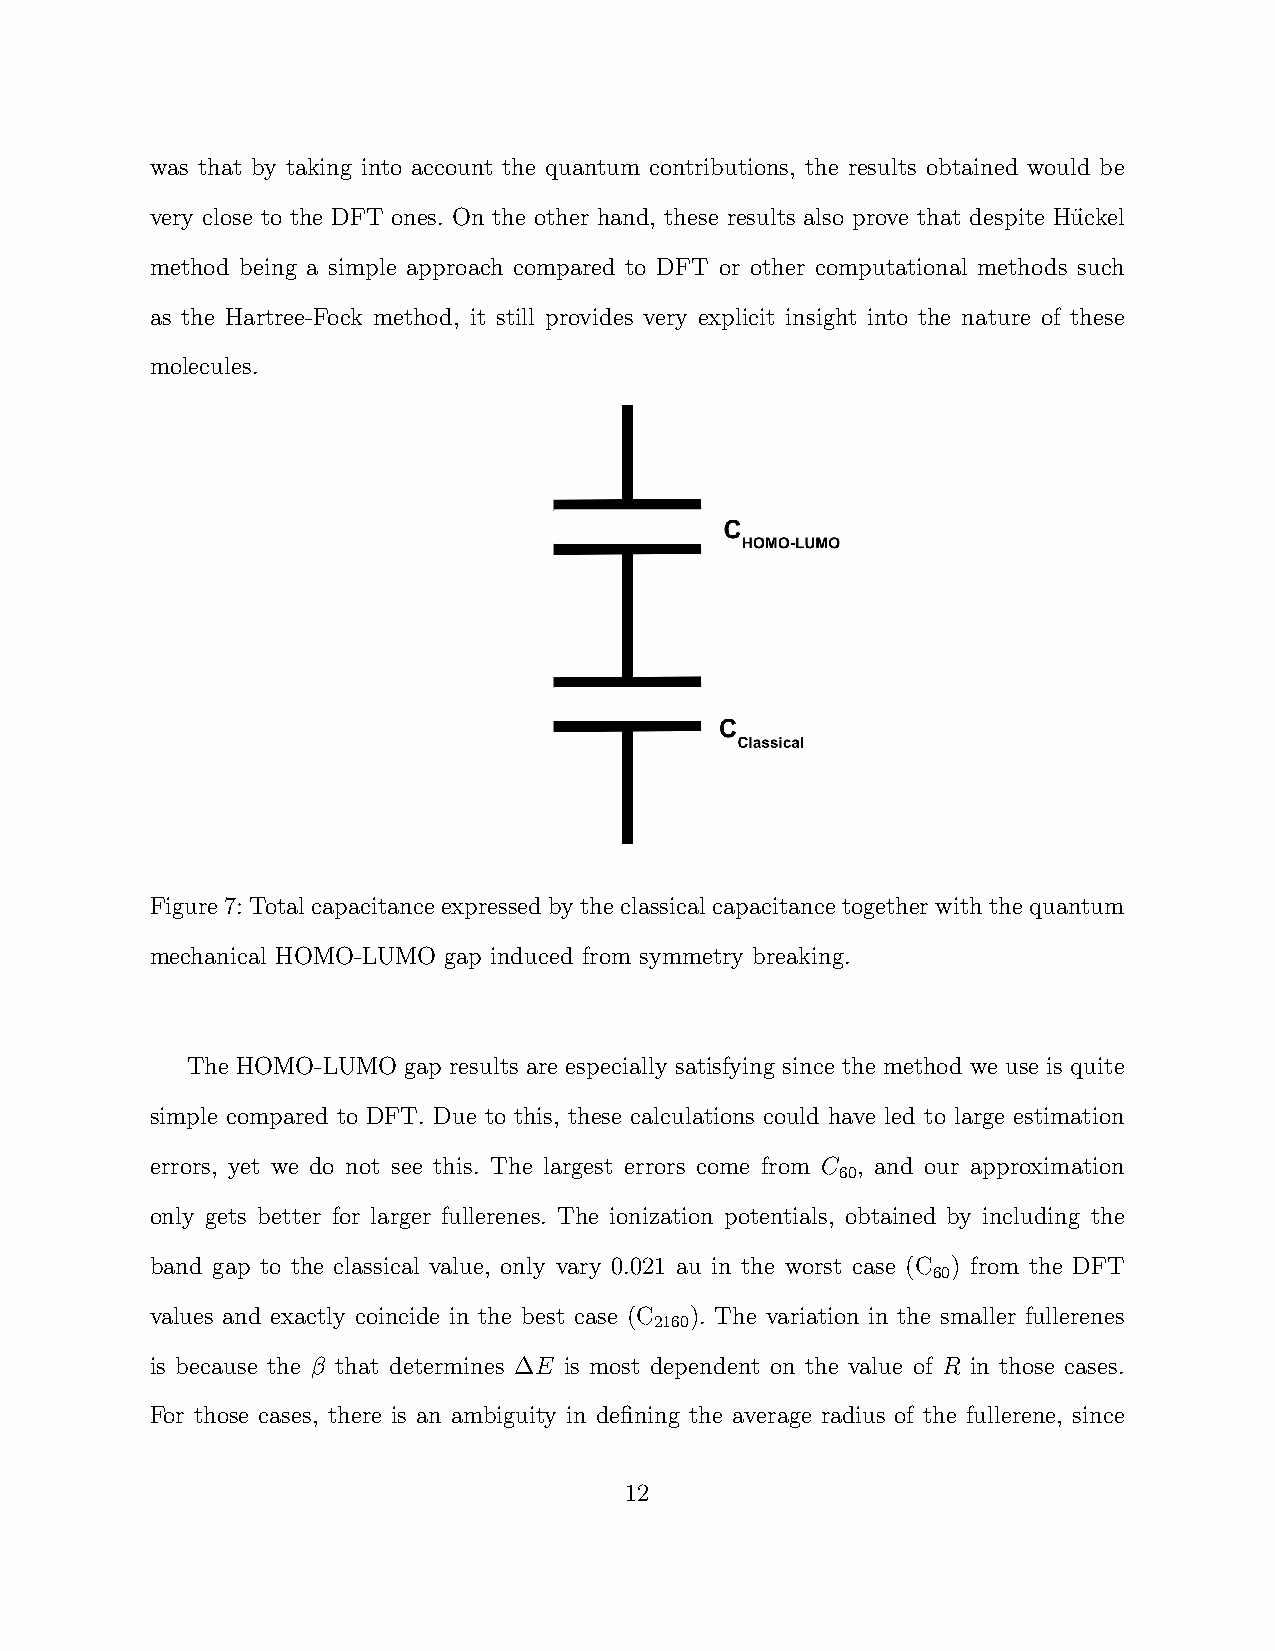
was that by taking into account the quantum contributions, the results obtained would be
 very close to the DFT ones. On the other hand, these results also prove that despite Hu¨ckel
 method being a simple approach compared to DFT or other computational methods such
 as the Hartree-Fock method, it still provides very explicit insight into the nature of these
 molecules.
 Figure7:Totalcapacitanceexpressedbytheclassicalcapacitancetogetherwiththequantum
 mechanical HOMO-LUMO gap induced from symmetry breaking.
 The HOMO-LUMO  gap results are especially satisfying since the method we use is quite
 simple compared to DFT. Due to this, these calculations could have led to large estimation
 errors, yet we do not see this. The largest errors come from C , and our approximation
 60
 only gets better for larger fullerenes. The ionization potentials, obtained by including the
 band gap to the classical value, only vary 0.021 au in the worst case (C ) from the DFT
 60
 values and exactly coincide in the best case (C ). The variation in the smaller fullerenes
 2160
 is because the β that determines ∆E is most dependent on the value of R in those cases.
 For those cases, there is an ambiguity in defining the average radius of the fullerene, since
 12